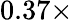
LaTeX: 0.37\times